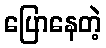
ပြောနေတဲ့